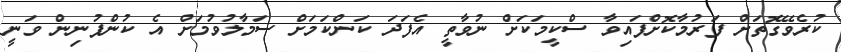
ކުރެވޭގޮތަށް ފަރުމާކޮށްފައިވާ ސްކީމަކަށް ނުވާތީ އެފަދަ ކަންކަމަށް ސަމާލުވުމަށް އެ ކުންފުނިން ވަނީ